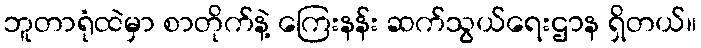
ဘူတာရုံထဲမှာ စာတိုက်နဲ့ ကြေးနန်း ဆက်သွယ်ရေးဌာန ရှိတယ်။